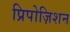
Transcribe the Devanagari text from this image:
प्रिपोज़िशन